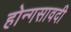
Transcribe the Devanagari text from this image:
होन्गसावदी